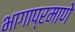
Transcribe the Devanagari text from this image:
भागाप्रमाणे